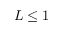
L \leq 1